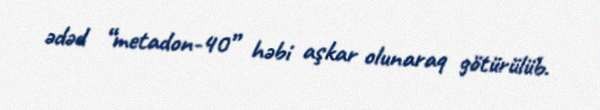
ədəd “metadon-40” həbi aşkar olunaraq götürülüb.